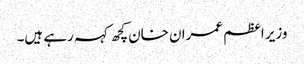
وزیر اعظم عمران خان کچھ کہہ رہے ہیں۔